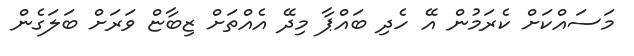
މަސައްކަށް ކެރަމުން އޭ ހެދި ބައްޕާ މިދޭ އެއްތަށް ޒިބާޏް ވަރަށް ބަލަގެން